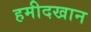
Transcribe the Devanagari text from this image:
हमीदखान